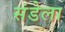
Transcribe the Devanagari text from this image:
संडेला